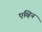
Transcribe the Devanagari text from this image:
एव्हिन